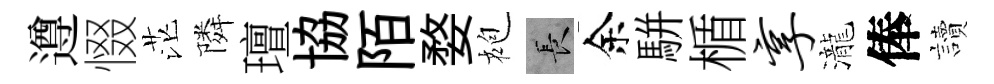
遵惙茫隣璮協陌婺袍长余駢楯享瀧俸讀